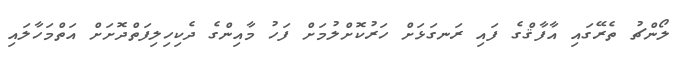
ލޯންޗު ތެރޭގައި އާފާޤްގެ ފައި ރަނގަޅަށް ހަރުކޮށްލުމަށް ފަހު މާއިންގެ ދެކިހިލިފަތްދޮށަށް އަތްމަހާލައި